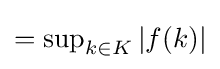
=\sup \nolimits _{k\in K}|f(k)|